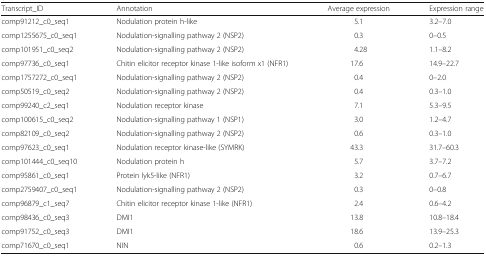
<table><thead><tr><td><b>Transcript_ID</b></td><td><b>Annotation</b></td><td><b>Average expression</b></td><td><b>Expression range</b></td></tr></thead><tbody><tr><td>comp91212_c0_seq1</td><td>Nodulation protein h-like</td><td>5.1</td><td>3.2–7.0</td></tr><tr><td>comp1255675_c0_seq1</td><td>Nodulation-signalling pathway 2 (NSP2)</td><td>0.3</td><td>0–0.5</td></tr><tr><td>comp101951_c0_seq2</td><td>Nodulation-signalling pathway 2 (NSP2)</td><td>4.28</td><td>1.1–8.2</td></tr><tr><td>comp97736_c0_seq1</td><td>Chitin elicitor receptor kinase 1-like isoform x1 (NFR1)</td><td>17.6</td><td>14.9–22.7</td></tr><tr><td>comp1757272_c0_seq1</td><td>Nodulation-signalling pathway 2 (NSP2)</td><td>0.4</td><td>0–2.0</td></tr><tr><td>comp50519_c0_seq2</td><td>Nodulation-signalling pathway 2 (NSP2)</td><td>0.4</td><td>0.3–1.0</td></tr><tr><td>comp99240_c2_seq1</td><td>Nodulation receptor kinase</td><td>7.1</td><td>5.3–9.5</td></tr><tr><td>comp100615_c0_seq2</td><td>Nodulation-signalling pathway 1 (NSP1)</td><td>3.0</td><td>1.2–4.7</td></tr><tr><td>comp82109_c0_seq2</td><td>Nodulation-signalling pathway 2 (NSP2)</td><td>0.6</td><td>0.3–1.0</td></tr><tr><td>comp97623_c0_seq1</td><td>Nodulation receptor kinase-like (SYMRK)</td><td>43.3</td><td>31.7–60.3</td></tr><tr><td>comp101444_c0_seq10</td><td>Nodulation protein h</td><td>5.7</td><td>3.7–7.2</td></tr><tr><td>comp95861_c0_seq1</td><td>Protein lyk5-like (NFR1)</td><td>3.2</td><td>0.7–6.7</td></tr><tr><td>comp2759407_c0_seq1</td><td>Nodulation-signalling pathway 2 (NSP2)</td><td>0.3</td><td>0–0.8</td></tr><tr><td>comp96879_c1_seq7</td><td>Chitin elicitor receptor kinase 1-like (NFR1)</td><td>2.4</td><td>0.6–4.2</td></tr><tr><td>comp98436_c0_seq3</td><td>DMI1</td><td>13.8</td><td>10.8–18.4</td></tr><tr><td>comp91752_c0_seq3</td><td>DMI1</td><td>18.6</td><td>13.9–25.3</td></tr><tr><td>comp71670_c0_seq1</td><td>NIN</td><td>0.6</td><td>0.2–1.3</td></tr></tbody></table>